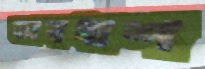
অবধাশ